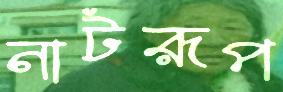
নাটরূপ